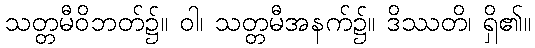
သတ္တမီဝိဘတ်၌။ ဝါ၊ သတ္တမီအနက်၌။ ဒိဿတိ၊ ရှိ၏။